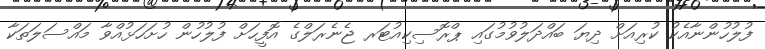
ފުލުހުންނާއެކު ކުރިއަށް ދިޔަ ބައްދަލުވުމުގައި ޕްރޮސިކިއުޓަރ ޖެނެރަލްގެ އޮފީހަށް ފުލުހުން ހުށަހަޅުއްވާ މައްސަލަތަކާ